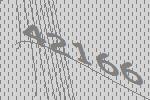
42166